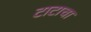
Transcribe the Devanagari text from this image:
टाटाचा